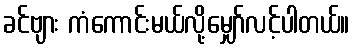
ခင်ဗျား ကံကောင်းမယ်လို့မျှော်လင့်ပါတယ်။